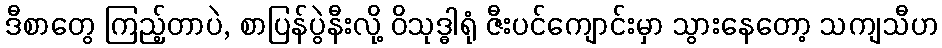
ဒီစာတွေ ကြည့်တာပဲ, စာပြန်ပွဲနီးလို့ ဝိသုဒ္ဓါရုံ ဇီးပင်ကျောင်းမှာ သွားနေတော့ သကျသီဟ